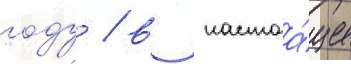
году / в настоа́щее